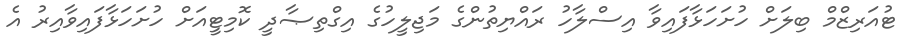
ޓުއަރިޒްމް ބިލަށް ހުށަހަޅާފައިވާ އިސްލާހު ރައްޔިތުންގެ މަޖިލީހުގެ އިގްތިޞާދީ ކޮމިޓީއަށް ހުށަހަޅާފައިވާއިރު އެ